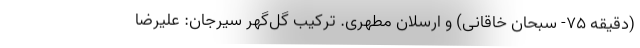
(دقیقه ۷۵- سبحان خاقانی) و ارسلان مطهری. ترکیب گل‌گهر سیرجان:‌ علیرضا